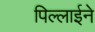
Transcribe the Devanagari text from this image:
पिल्लाईने